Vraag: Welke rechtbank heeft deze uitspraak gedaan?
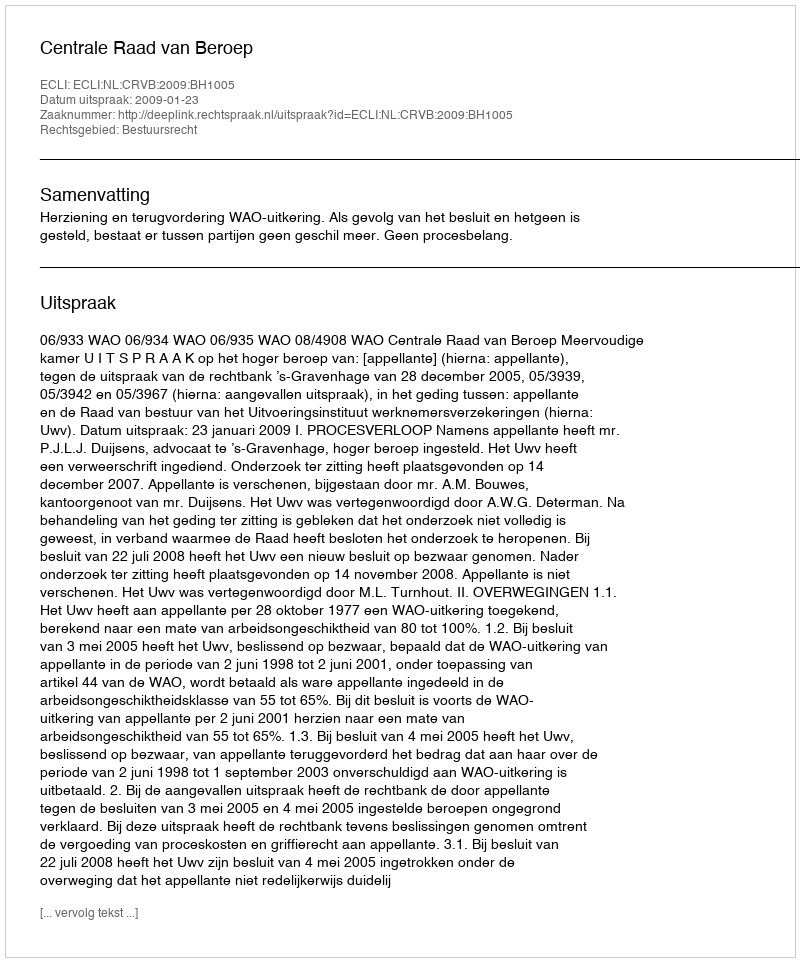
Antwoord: Centrale Raad van Beroep